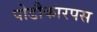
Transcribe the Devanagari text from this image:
पोडौकारपस